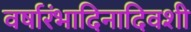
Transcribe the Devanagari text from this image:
वर्षारंभादिनादिवशी